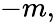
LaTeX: -m,